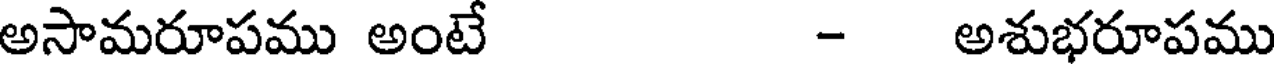
అసామరూపము అంటే - అశుభరూపము